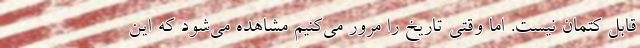
قابل کتمان نيست. اما وقتي تاريخ را مرور مي‌کنيم مشاهده مي‌شود که اين